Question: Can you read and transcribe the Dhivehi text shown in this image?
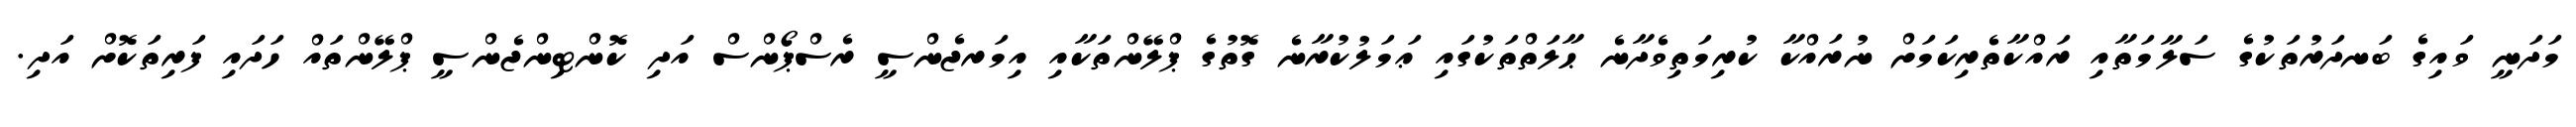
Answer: މަދަނީ ވައިގެ ބަނދަރުތަކުގެ ސަލާމަތާއި ރައްކާތެރިކަމަށް ނުރައްކާ ކުރިމަތިވެދާނެ ޙާލަތްތަކުގައި ޢަމަލުކުރާނެ ގޮތުގެ ޕްލޭންތަކާއި އިމަރޖެންސީ ރެސްޕޯންސް އަދި ކޮންޓިންޖެންސީ ޕްލޭންތައް ހަދައި ފަރިތަކޮށް އަދި.